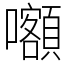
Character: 𡅅